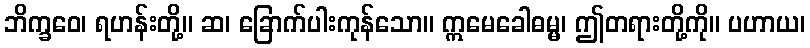
ဘိက္ခဝေ၊ ရဟန်းတို့။ ဆ၊ ခြောက်ပါးကုန်သော။ ဣမေခေါဓမ္မ၊ ဤတရားတို့ကို။ ပဟာယ၊